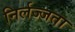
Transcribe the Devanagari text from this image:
निर्लज्जता